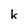
Character: k